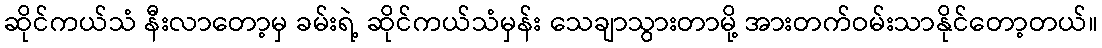
ဆိုင်ကယ်သံ နီးလာတော့မှ ခမ်းရဲ့ ဆိုင်ကယ်သံမှန်း သေချာသွားတာမို့ အားတက်ဝမ်းသာနိုင်တော့တယ်။